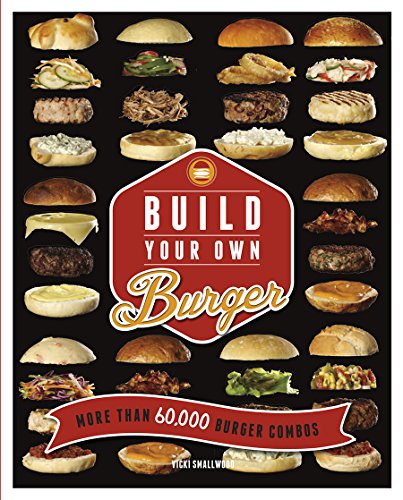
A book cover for Build Your Own Burger; Vicki Smallwood; Cookbooks, Food & Wine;